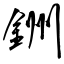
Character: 銂